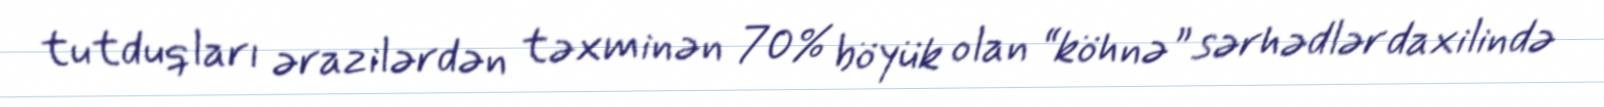
tutduqları ərazilərdən təxminən 70% böyük olan “köhnə” sərhədlər daxilində